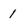
Character: 1